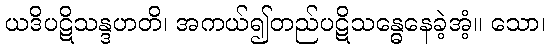
ယဒိပဋိသန္ဒဟတိ၊ အကယ်၍တည်ပဋိသန္ဓေနေခဲ့အံ့။ သော၊